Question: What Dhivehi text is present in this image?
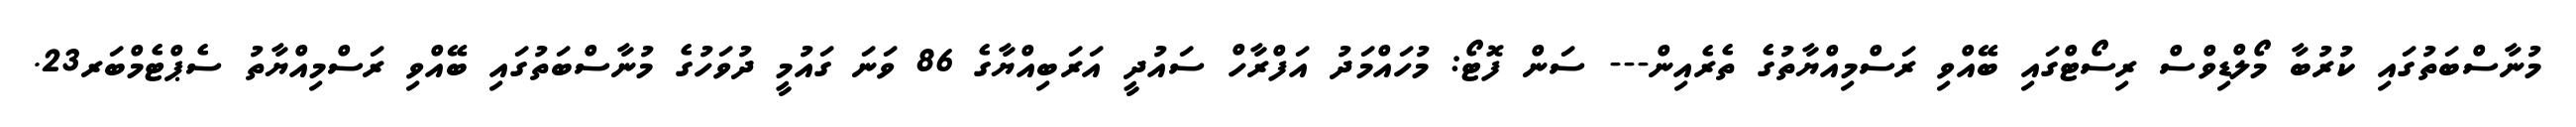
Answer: މުނާސްބަތުގައި ކުރުބާ މޯލްޑިވްސް ރިސޯޓްގައި ބޭއްވި ރަސްމިއްޔާތުގެ ތެރެއިން--- ސަން ފޮޓޯ: މުހައްމަދު އަފްރާހް ސައުދީ އަރަބިއްޔާގެ 86 ވަނަ ގައުމީ ދުވަހުގެ މުނާސްބަތުގައި ބޭއްވި ރަސްމިއްޔާތު ސެޕްޓެމްބަރ23.